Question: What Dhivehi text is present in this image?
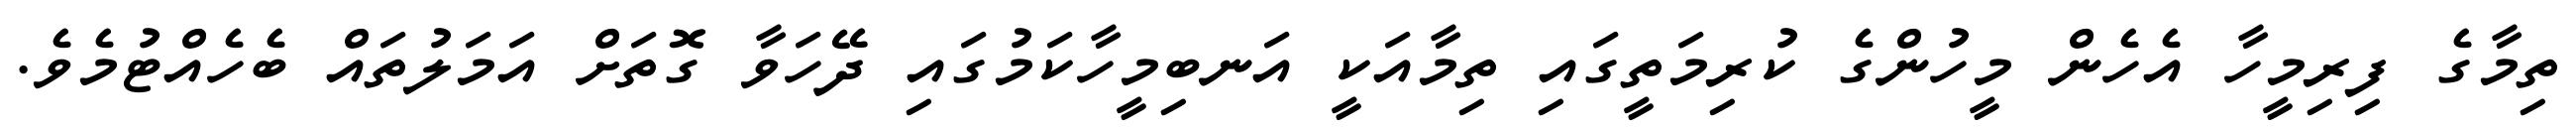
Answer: ތިމާގެ ފިރިމީހާ އެހެން މީހުންގެ ކުރިމަތީގައި ތިމާއަކީ އަނބިމީހާކަމުގައި ދޭހަވާ ގޮތަށް އަމަލުތައް ބެހެއްޓުމެވެ.